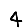
Digit: 4